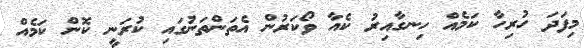
މިފަދަ ހުރިހާ ކަމެއް ހިނގާއިރު ކެއާ ވޯކަރުން އެތަންތަނުގައި ކުރަނީ ކޮން ކަމެއް